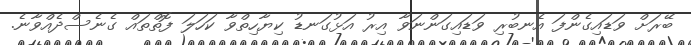
ބޭރަށް ވަޑައިގެންފަ އެނބުރި ވަޑައިގަންނަވާ އިރު އަޅުގަނޑު ކިޔާހިތްވާ ކަހަލަ ފޮތްތައް ގެނެސްދެއްވާނެ.